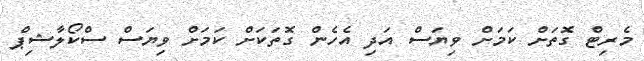
މެރިޓް ގޮތަށް ކަމަށް ވިޔަސް އަދި އެހެން ގޮތަކަަށް ކަމަށް ވިޔަސް ސްކޯލާޝިޕް